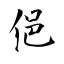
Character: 俋